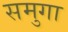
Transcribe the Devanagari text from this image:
समुगा